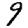
Digit: 9